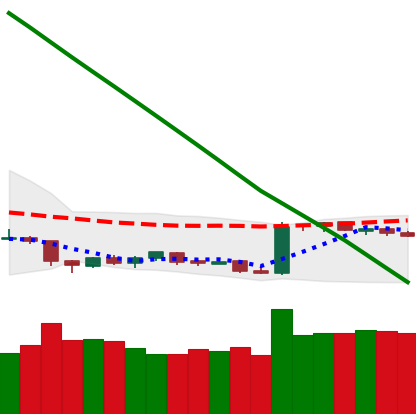
Ticker: BTC-USD
Chart end date: 2019-02-14
Forward return: 9.13%
Label: up_7plus